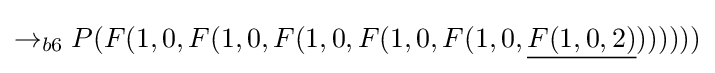
\rightarrow _{b6}P(F(1,0,F(1,0,F(1,0,F(1,0,F(1,0,{\underline {F(1,0,2)}}))))))